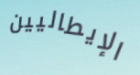
الإيطاليين